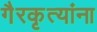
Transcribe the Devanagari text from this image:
गैरकृत्यांना